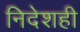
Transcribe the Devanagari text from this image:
निदेशही